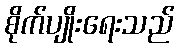
စိုက်ပျိုးရေးသည်